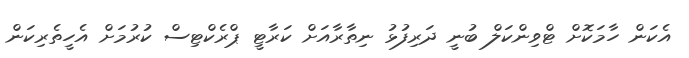
އެކަން ހާމަކޮށް ޓްވިންކަލް ބުނީ ދަރިފުޅު ނިތާރާއަށް ކަރާޓީ ޕްރެކްޓިސް ކުރުމަށް އެހީތެރިކަން